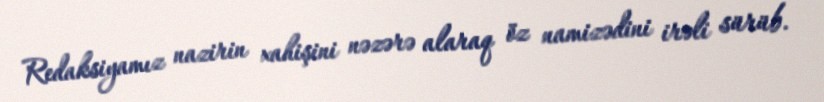
Redaksiyamız nazirin xahişini nəzərə alaraq öz namizədini irəli sürüb.